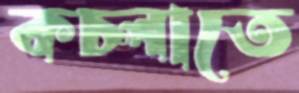
কচ্‌লাতে